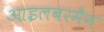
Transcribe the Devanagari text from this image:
आइलबरमैन